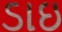
ડાઇ